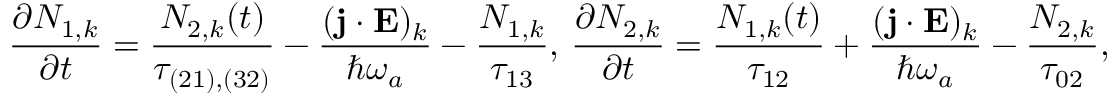
\frac { \partial N _ { 1 , k } } { \partial t } = \frac { N _ { 2 , k } ( t ) } { \tau _ { ( 2 1 ) , ( 3 2 ) } } - \frac { ( \mathbf { j } \cdot \mathbf { E } ) _ { k } } { \hbar \omega _ { a } } - \frac { N _ { 1 , k } } { \tau _ { 1 3 } } \mathrm { , ~ } \frac { \partial N _ { 2 , k } } { \partial t } = \frac { N _ { 1 , k } ( t ) } { \tau _ { 1 2 } } + \frac { ( \mathbf { j } \cdot \mathbf { E } ) _ { k } } { \hbar \omega _ { a } } - \frac { N _ { 2 , k } } { \tau _ { 0 2 } } \mathrm { , }